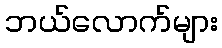
ဘယ်လောက်များ